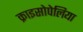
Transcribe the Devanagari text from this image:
क्राइसोपेलिया